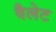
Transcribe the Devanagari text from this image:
वैलेट